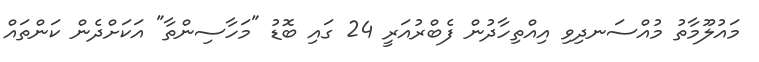
މައުލޫމާތު މުއްސަނދިވި އިއްތިހާދުން ފެބްރުއަރީ 24 ގައި ބޮޑު "މަހާސިންތާ" އަކަށްދެން ކަންތައް